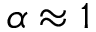
\alpha \approx 1